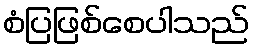
စံပြဖြစ်စေပါသည်